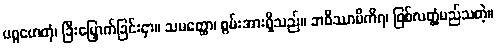
ပဂ္ဂဟေတုံ၊ ခြီးမြှောက်ခြင်းငှာ။ သမတ္ထော၊ စွမ်းအားရှိသည်။ ဘဝိဿာမိကိရ၊ ဖြစ်လတ္တံ့မည်သတဲ့။